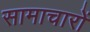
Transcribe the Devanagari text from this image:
सामाचारों